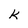
Character: K